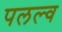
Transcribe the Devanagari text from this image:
पलल्व